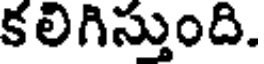
కలిగిస్తుంది.